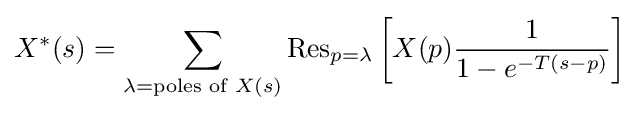
X^{*}(s)=\sum _{\lambda ={\text{poles of }}X(s)}\operatorname {Res} \limits _{p=\lambda }{\bigg [}X(p){\frac {1}{1-e^{-T(s-p)}}}{\bigg ]}